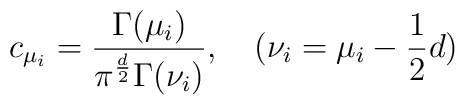
c_{\mu_i} =\frac{\Gamma(\mu_i)}{\pi^{\frac{d}{2}} \Gamma(\nu_i)}, \quad (\nu_i = \mu_i-\frac{1}{2}d)